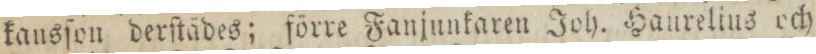
kansſon derſtädes; förre Fanjunkaren Joh. Haurelius och